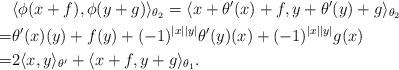
LaTeX: \begin{align*}&\langle\phi(x+f),\phi(y+g)\rangle_{\theta_2}=\langle x+\theta'(x)+f,y+\theta'(y)+g\rangle_{\theta_2}\\=&\theta'(x)(y)+f(y)+(-1)^{|x||y|}\theta'(y)(x)+(-1)^{|x||y|}g(x)\\=&2\langle x, y\rangle_{\theta'}+\langle x+f,y+g\rangle_{\theta_1}.\end{align*}